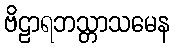
ဗိဠာရဘသ္တာသမေန